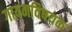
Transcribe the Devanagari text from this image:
गायनविषयक